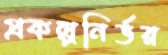
প্রকল্পনির্ভর